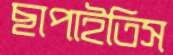
ছাপাইতিস